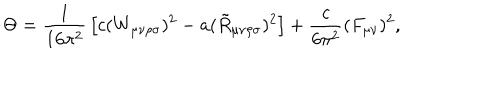
\Theta = { \frac { 1 } { 1 6 \pi ^ { 2 } } } \left[ c ( W _ { \mu \nu \rho \sigma } ) ^ { 2 } - a ( \tilde { R } _ { \mu \nu \rho \sigma } ) ^ { 2 } \right] + { \frac { c } { 6 \pi ^ { 2 } } } ( F _ { \mu \nu } ) ^ { 2 } ,